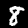
Label: 8